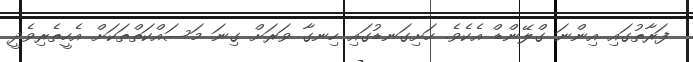
ފަރާތުގައި އިންނަ ގްލޭންޑް އެކެވެ. ހަށިގަނޑުގައި ހިނގާ ވަރަށް ގިނަ މަސައްކަތްތަކަށް އެހީތެރިވެދީ